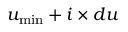
u _ { \operatorname* { m i n } } + i \times d u